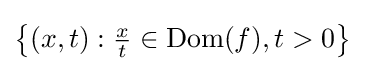
\left\{(x,t):{\tfrac {x}{t}}\in \operatorname {Dom} (f),t>0\right\}